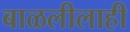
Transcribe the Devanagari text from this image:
बाळलीलाही